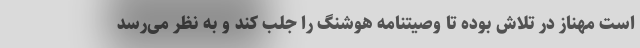
است مهناز در تلاش بوده تا وصیتنامه هوشنگ را جلب کند و به نظر می‌رسد